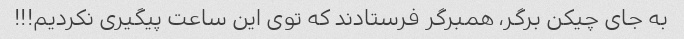
به جای چیکن‌ برگر، همبرگر فرستادند که توی این ساعت پیگیری نکردیم!!!